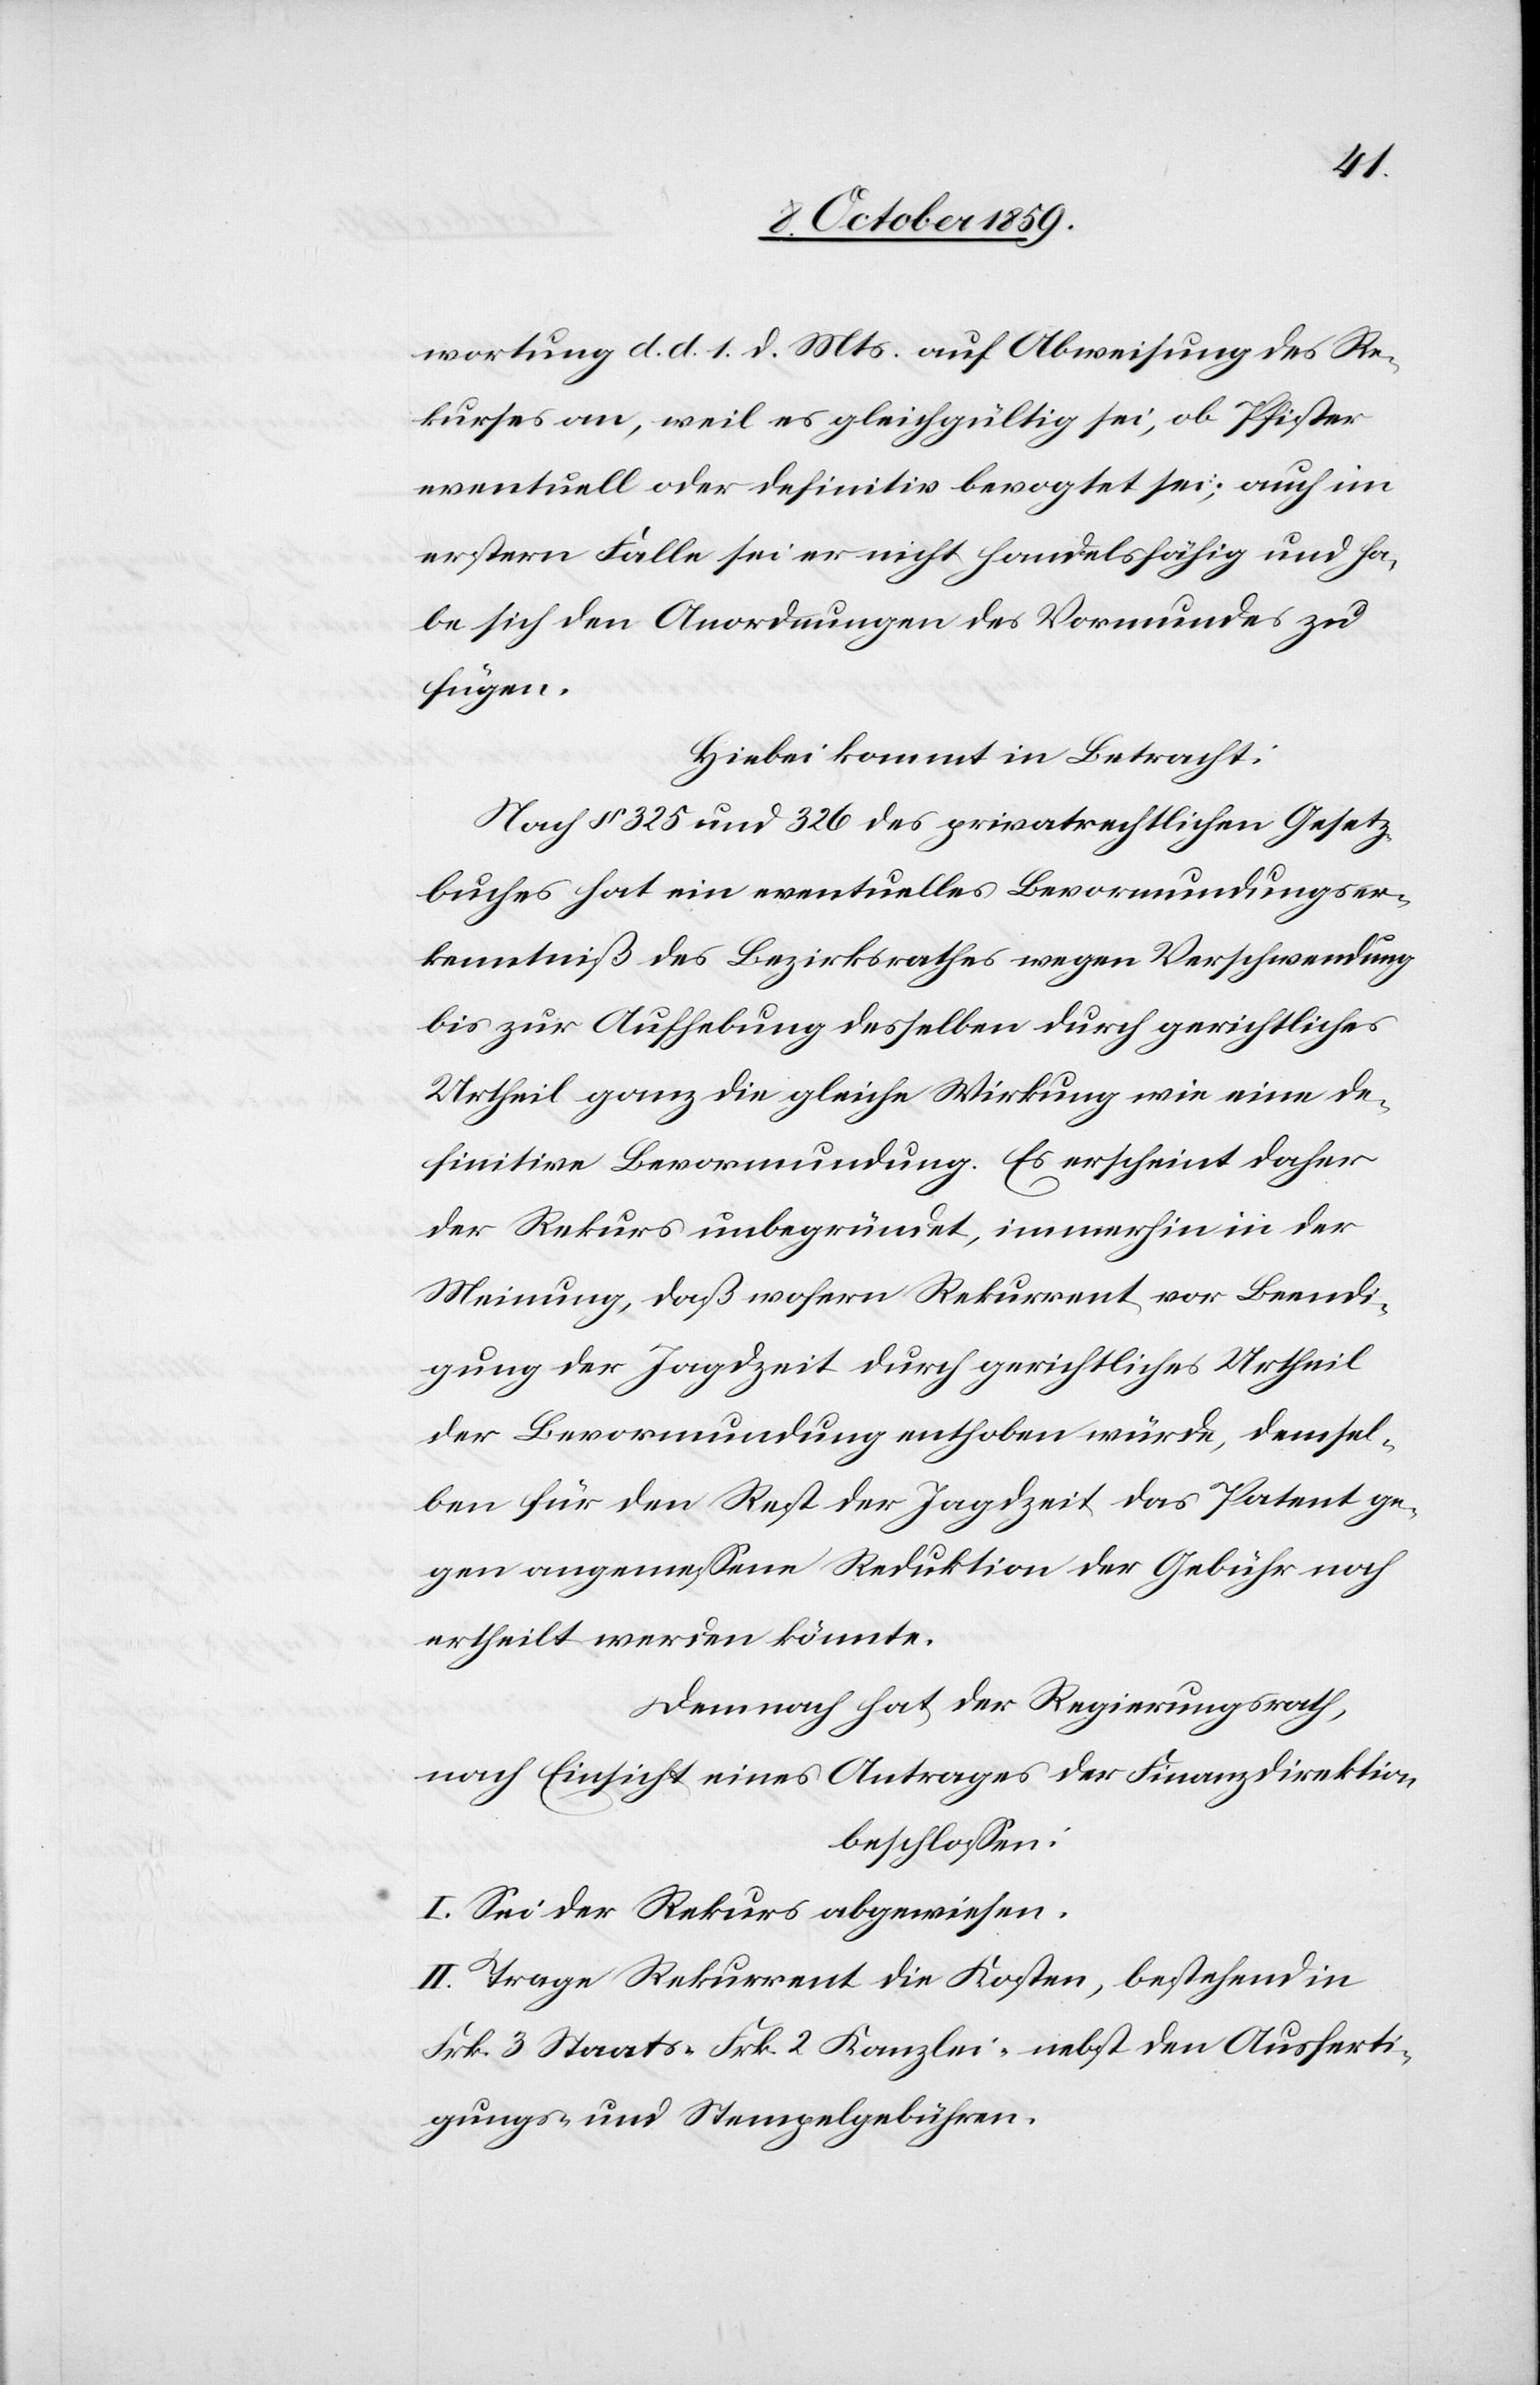
wortung d. d. 1. d. Mts. auf Abweisung des Re¬
kurses an, weil es gleichgültig sei, ob Pfister
eventuell oder definitiv bevogtet sei; auch im
erstern Falle sei er nicht handelsfähig und ha¬
be sich den Anordnungen des Vormundes zu
fügen.
Hiebei kommt in Betracht:
Nach § 325 und 326 des privatrechtlichen Gesetz¬
buches hat ein eventuelles Bevormundigungser¬
kenntniß des Bezirksrathes wegen Verschwendung
bis zur Aufhebung desselben durch gerichtliches
Urtheil ganz die gleiche Wirkung wie eine de¬
finitive Bevormundung. Es erscheint daher
der Rekurs unbegründet, immerhin in der
Meinung, daß wofern Rekurrent vor Beendi¬
gung der Jagdzeit durch gerichtliches Urtheil
der Bevormundung enthoben würde, demsel¬
ben für den Rest der Jagdzeit das Patent ge¬
gen angemessene Reduktion der Gebühr noch
ertheilt werden könnte.
Demnach hat der Regierungsrath,
nach Einsicht eines Antrages der Finanzdirektion
beschlossen:
I. Sei der Rekurs abgewiesen.
II. Trage Rekurrent die Kosten, bestehend in
Frk. 3 Staats-[,] Frk. 2 Kanzlei-[,] nebst den Ausferti¬
gungs- und Stempelgebühren.